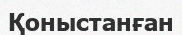
Қоныстанған